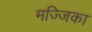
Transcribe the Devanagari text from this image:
मज्जिका